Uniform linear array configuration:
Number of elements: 64
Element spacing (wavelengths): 0.5
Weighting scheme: hamming
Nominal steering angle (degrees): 30
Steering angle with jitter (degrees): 29.436
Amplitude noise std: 0.05
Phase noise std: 0.05

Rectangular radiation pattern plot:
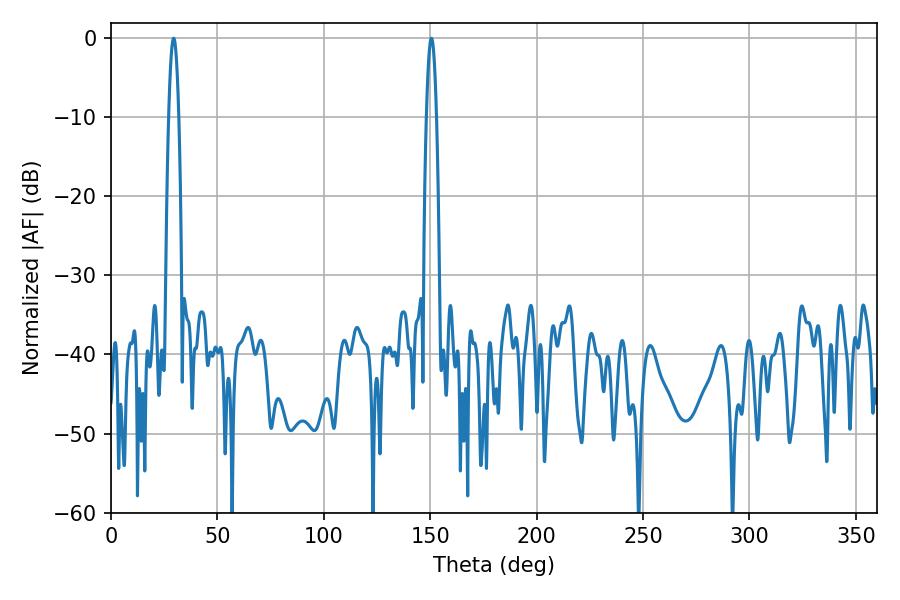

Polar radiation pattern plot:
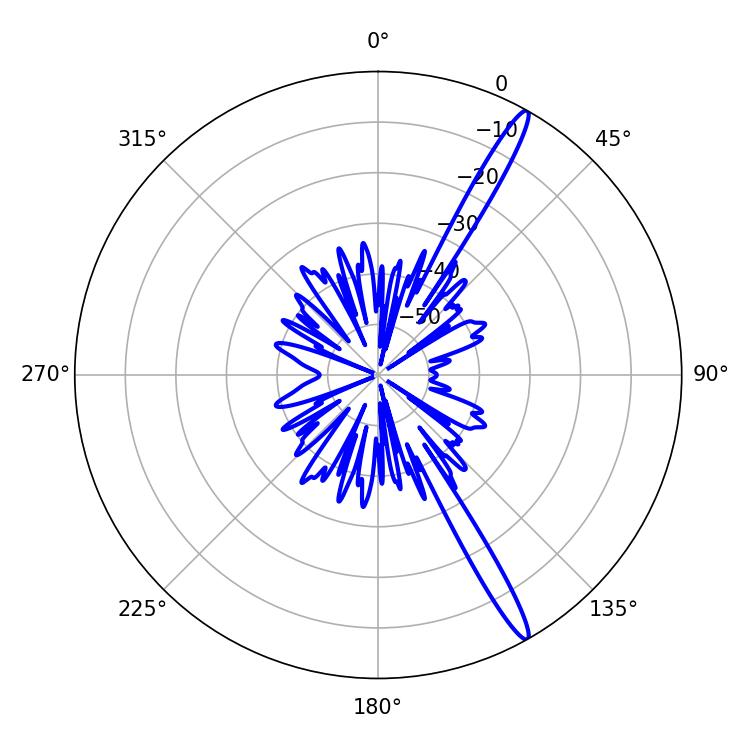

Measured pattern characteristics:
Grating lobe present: FALSE
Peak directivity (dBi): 16.11
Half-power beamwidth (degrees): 2.52
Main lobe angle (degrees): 29.52